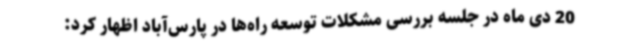
20 دی ماه در جلسه بررسی مشکلات توسعه راه‌ها در پارس‌آباد اظهار کرد: